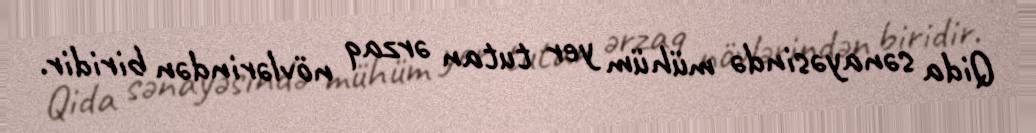
Qida sənayəsində mühüm yer tutan ərzaq növlərindən biridir.